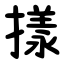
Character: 㨾